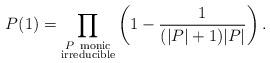
LaTeX: \begin{align*} P(1)=\prod_{\substack{P \ \mathrm{monic} \\ \mathrm{irreducible}}}\left(1-\frac{1}{(|P|+1)|P|}\right).\end{align*}